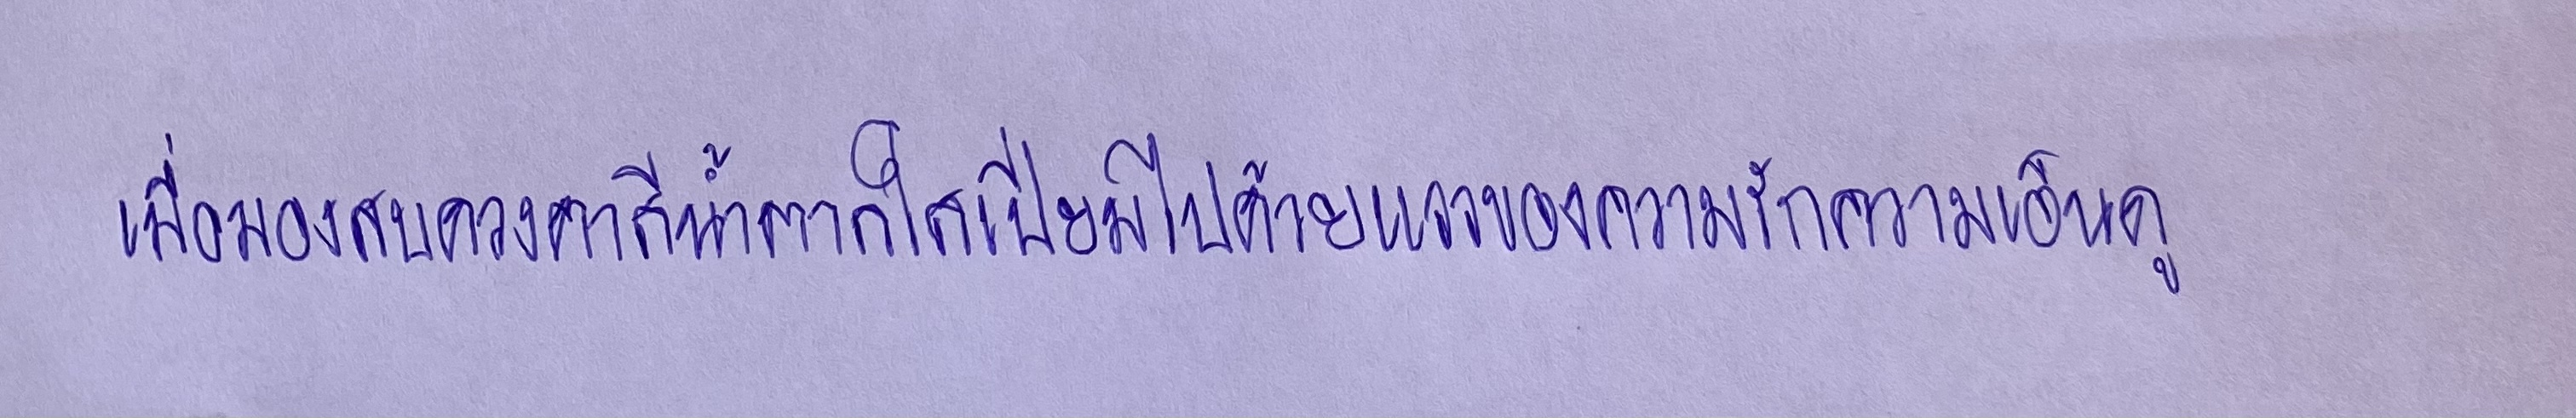
เมื่อมองสบดวงตาสีน้ำตาลใสเปี่ยมไปด้วยแววของความรักความเอ็นดู